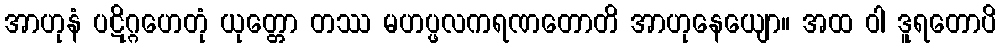
အာဟုနံ ပဋိဂ္ဂဟေတုံ ယုတ္တော တဿ မဟပ္ဖလကရဏတောတိ အာဟုနေယျော။ အထ ဝါ ဒူရတောပိ